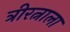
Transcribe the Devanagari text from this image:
त्रीरत्नाला